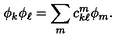
\phi _ { k } \phi _ { \ell } = \sum _ { m } c _ { k \ell } ^ { m } \phi _ { m } .